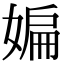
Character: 媥